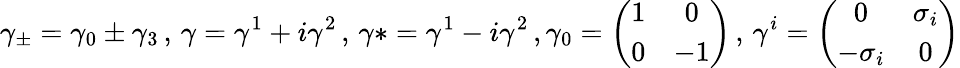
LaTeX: \gamma_{\pm}=\gamma_{0}\pm\gamma_{3}\, ,\, \gamma=\gamma^{1}+i\gamma^{2}\, ,\, \gamma*=\gamma^{1}-i\gamma^{2}\, ,\gamma_{0}=\left(\begin{array}{cc}{{1}}&{{0}}\\ {{0}}&{{-1}}\end{array}\right)\, ,\, \gamma^{i}=\left(\begin{array}{cc}{{0}}&{{\sigma_{i}}}\\ {{-\sigma_{i}}}&{{0}}\end{array}\right)